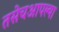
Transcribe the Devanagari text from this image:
तसेचआपल्या